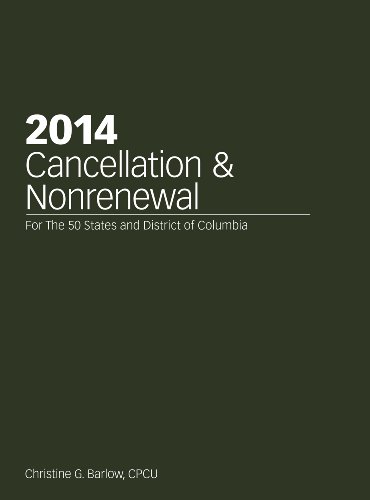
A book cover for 2014 Cancellation and NonRenewal; Christine G. Barlow; Business & Money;